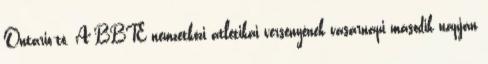
Ontario-tó. A BBTE nemzetközi atlétikai versenyének vasárnapi második napján